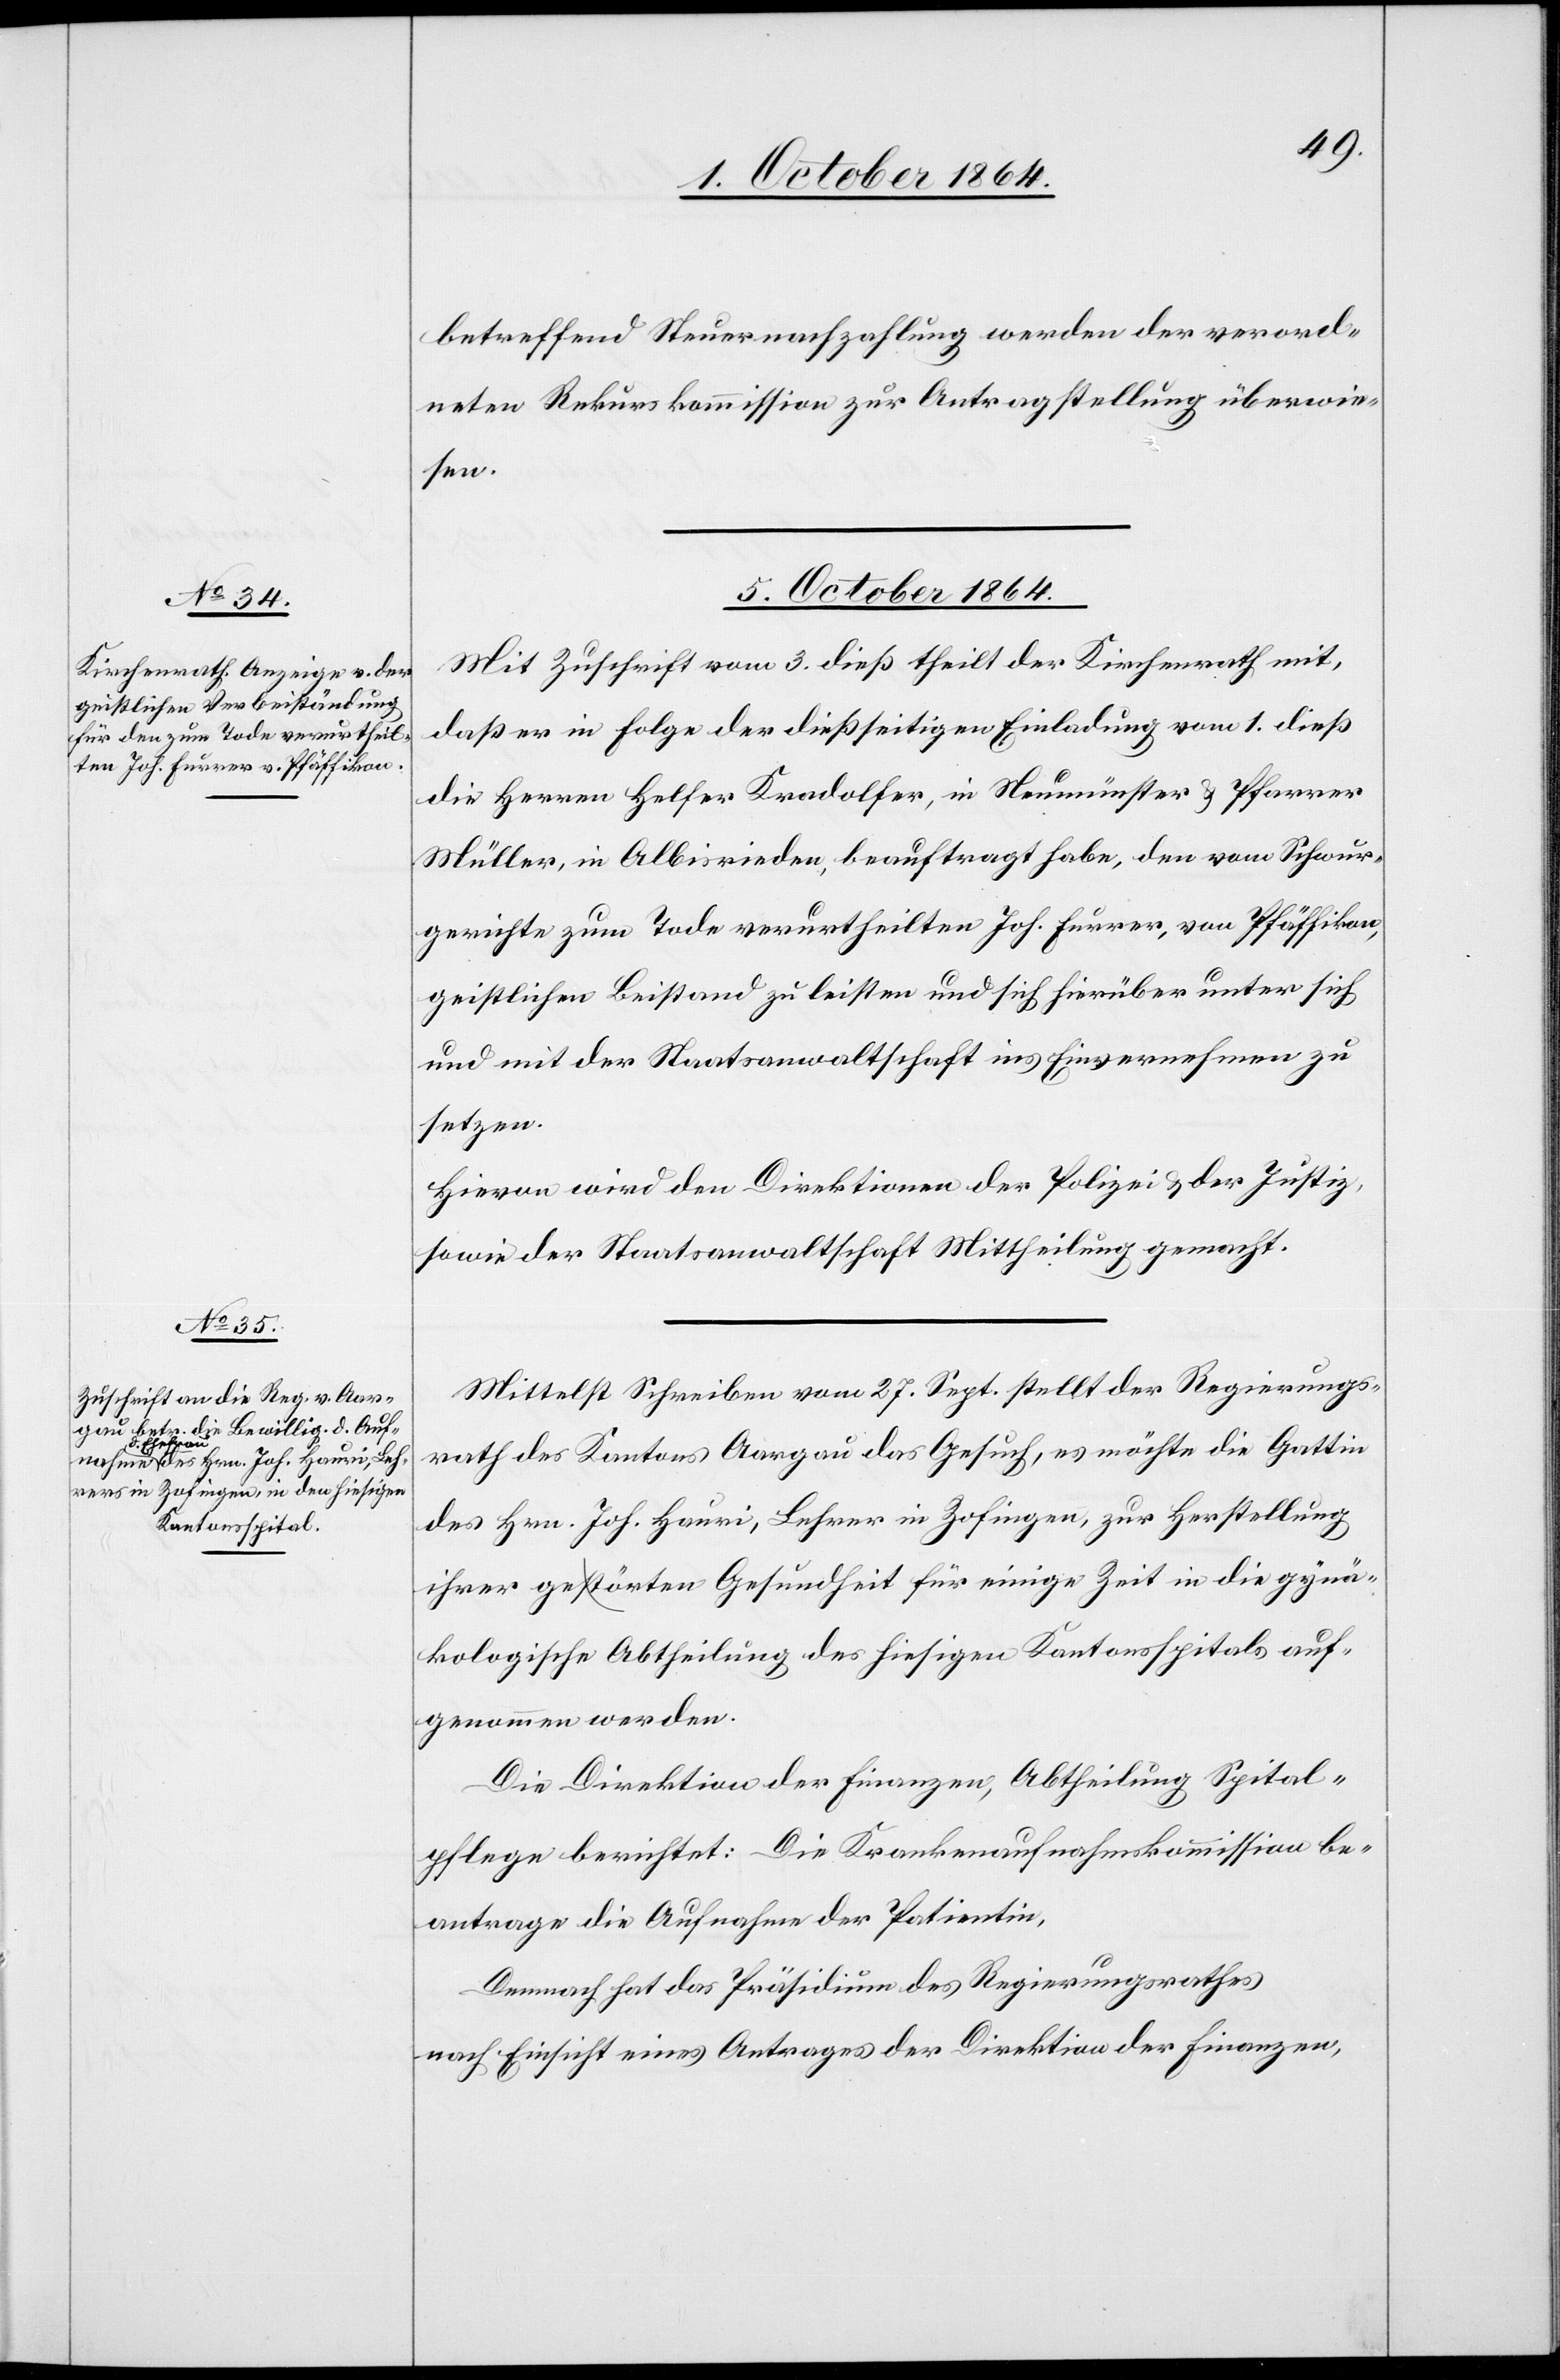
betreffend Steuernachzahlung werden der verord¬
neten Rekurskommission zur Antragstellung überwie¬
sen.
5. October 1864.]
Mit Zuschrift vom 3. dieß theilt der Kirchenrath mit,
daß er in Folge der dießseitigen Einladung vom 1. dieß
die Herren Helfer Kradolfer, in Neumünster & Pfarrer
Müller, in Albisrieden, beauftragt habe, den [sic!] vom Schwur¬
gerichte zum Tode verurtheilten Joh. Furrer, von Pfäffikon,
geistlichen Beistand zu leisten und sich hierüber unter sich
und mit der Staatsanwaltschaft ins Einvernehmen zu
setzen.
Hievon wird den Direktionen der Polizei & der Justiz,
sowie der Staatsanwaltschaft Mittheilung gemacht.
Mittelst Schreiben vom 27. Sept. stellt der Regierungs¬
rath des Kantons Aargau das Gesuch, es möchte die Gattin
des Hrn. Joh. Hauri, Lehrer in Zofingen, zur Herstellung
ihrer gestörten Gesundheit für einige Zeit in die gynä¬
kologische Abtheilung des hiesigen Kantonsspital auf¬
genommen werden.
Die Direktion der Finanzen, Abtheilung Spital¬
pflege berichtet: Die Krankenaufnahmskommission be¬
antrage die Aufnahme der Patientin.
Demnach hat das Präsidium des Regierungsrathes
nach Einsicht eines Antrages der Direktion der Finanzen,